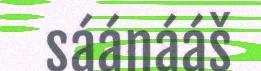
sáánááš